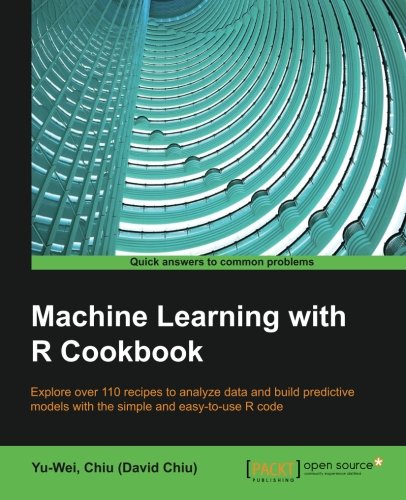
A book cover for Machine Learning With R Cookbook - 110 Recipes for Building Powerful Predictive Models with R; Yu-Wei, Chiu (David Chiu); Computers & Technology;